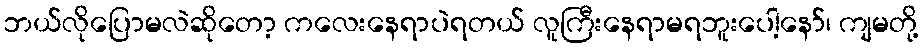
ဘယ်လိုပြောမလဲဆိုတော့ ကလေးနေရာပဲရတယ် လူကြီးနေရာမရဘူးပေါ့နော်၊ ကျမတို့